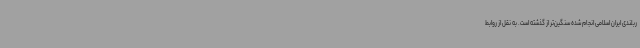
ربلندی ایران اسلامی انجام شده سنگین‌تر از گذشته است. به نقل از روابط